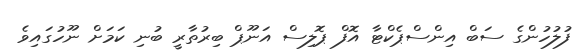
ފުލުހުންގެ ސަބް އިންސްޕެކްޓާ އޮފް ޕޮލިސް އަނޫޕް ބިރުތާރީ ބުނި ކަމަށް ނޫހުގައިވެ